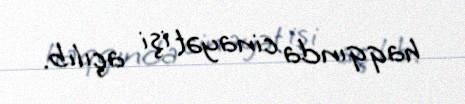
haqqında cinayət işi açılıb.